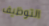
التوظيف